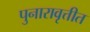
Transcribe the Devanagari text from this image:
पुनारावृत्तीत